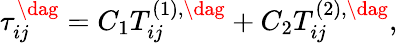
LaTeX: \tau_{ij}^{\dag}={C_{1}}T_{ij}^{\left(1\right),\dag}+{C_{2}}T_{ij}^{\left(2\right),\dag},